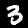
Label: 3